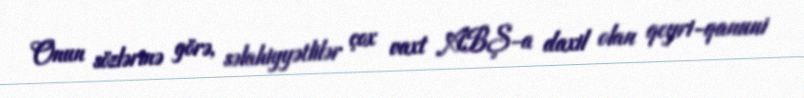
Onun sözlərinə görə, səlahiyyətlilər çox vaxt ABŞ-a daxil olan qeyri-qanuni